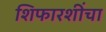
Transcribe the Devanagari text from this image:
शिफारशींचा